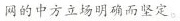
网的中方立场明确而坚定。